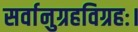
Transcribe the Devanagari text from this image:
सर्वानुग्रहविग्रहः।